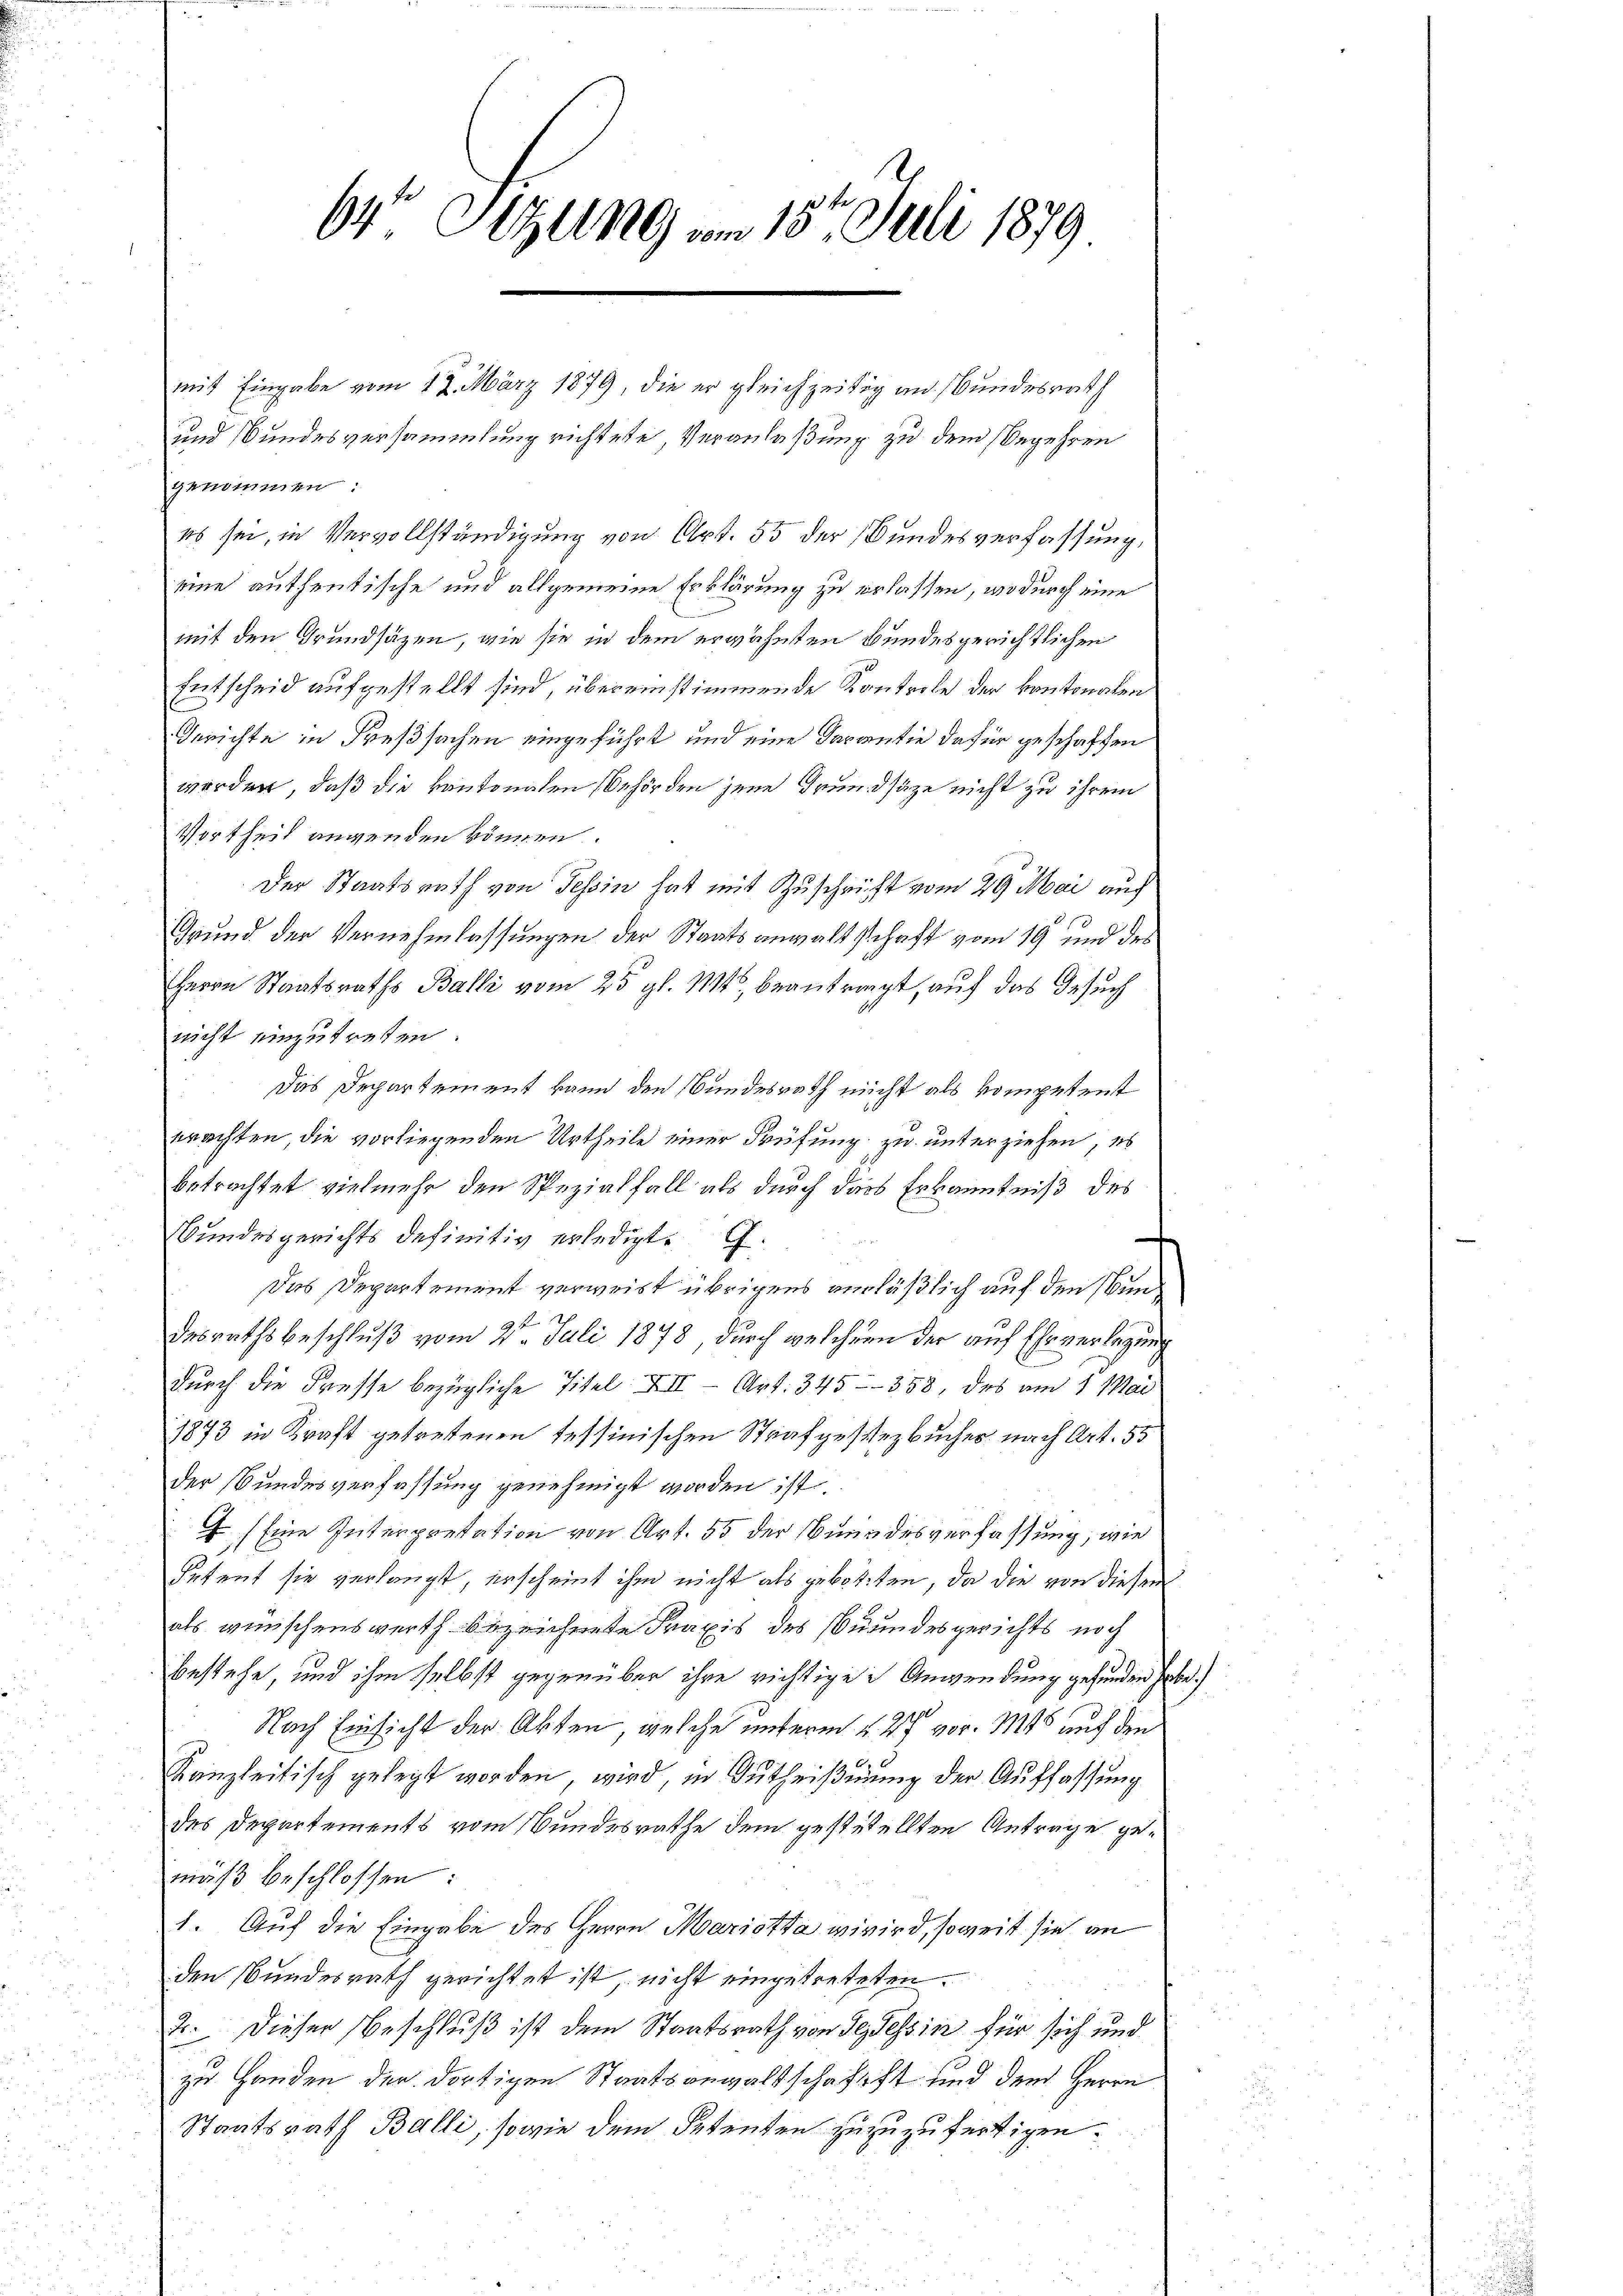
64 Sizung am 15. Juli 1879

mit Eingabe vom 12. März 1879, die er gleichzeitig an Bundesrath
und Bundesversammlung richtete Veranlaßung zu dem Begehren
genommen:
es sei, in Vervollständigung von Art. 55 der Bundesverfassung,
eine authentische und allgemeine Erklärung zu erlassen, wodurch eine
mit den Grundsätzen, wie sie in dem erwähnten Bundesgerichtlichen
Entscheid aufgestellt sind, übereinstimmende Kontrole der kantonalen
Gerichte in Freßsachen eingeführt und eine Darantie dafür geschaffen
worden, daß die kantonalen Behörden jene Grundsäze nicht zu ihrem
Vortheil anwenden können.
Der Staatsrath von Tessin hat mit Zuschrift vom 29 Mai auch
Grund der Vernehmlassungen der Staatsanwaltschaft vom 19 und des
Herrn Staatsraths Balli vom 25. gl. Mts., beantragt, auf das Gesuch
nicht einzutreten.
Das Departement kann den Bundesrath nicht als kompetent
erachten, die vorliegenden Urtheile einer Prüfung zu unterziehen, es
betrachtet vielmehr den Spezialfall als durch dass Erkenntniß des
Bundesgerichts definitiv erledigt. G.
Das Departement verweist übrigens anläßlich auf den Bun¬
.
desrathsbeschluß vom 2. Juli 1878 durch welcher der auf Ehrverlegung
durch die Fresse bezügliche Titel XII Art. 345-358, des am 1. Mai
1873 in Kraft getretenen Tessinischen Strafgestezbucher nach Art. 55
der Bundesverfassung genehmigt worden ist.
I (Eine Interpretation von Art. 55 der Bundesverfassung, wie
Setent sie verlangt, erscheint ihm nicht als gebotten, da die von diesen
als wünschenswerth bezeichnete Praxis des Bundesgerichts noch
bestehe, und ihm selbst gegenüber ihre richtige Anwendung gefunden habe.
Nach Einsicht der Akten, welche unterm 4. 27 vor. Mts auf den
Kanzleitisch gelegt worden, wird, in Gutheißung der Auffassung
des Departements vom Bundesrathe dem gestetellten Antrage gemäß beschlossen:
1. Auf die Eingabe des Herrn Mariotta wird, soweit sie an
den Bundesrath gerichtet ist, nicht eingetreteten.
2. Dieser Beschluß ist dem Staatsrath von des Tessin für sich und
zu Handen der dortigen Staatsanwaltschaftst und dem Herrn
Staatsrath Balli, sowie dem Petenten zuzuzufertigen.